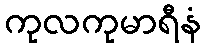
ကုလကုမာရီနံ